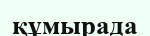
құмырада